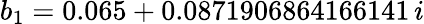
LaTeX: b_{1}=0.065+0.0871906864166141\, i